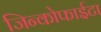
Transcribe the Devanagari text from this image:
जिन्कोफाईटा